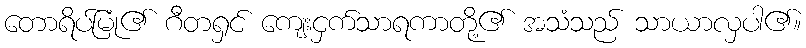
တောရိပ်မြုံ၏ ဂီတရှင် ကျေးငှက်သာရကာတို့၏ အသံသည် သာယာလှပါ၏။